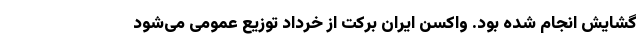
گشایش انجام شده بود. واکسن ایران برکت از خرداد توزیع عمومی می‌شود